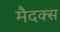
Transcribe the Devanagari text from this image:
मैदक्स